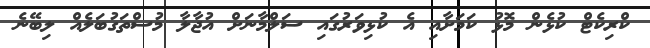
ކްރިކެޓް ކުޅެން މޮޅު ކަމަށާއި އެ ކުޅިވަރުގައި ސަލްމާނަށް އުޖާލާ މުސްތަގުބަލެއް ލިބޭނެ